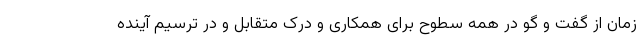
زمان از گفت و گو در همه سطوح برای همکاری و درک متقابل و در ترسیم آینده